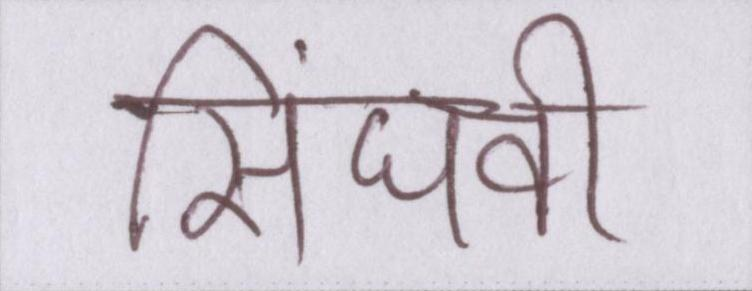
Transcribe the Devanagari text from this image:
सिंघवी